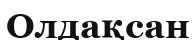
Олдақсан